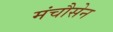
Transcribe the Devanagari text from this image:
मंचौसेन